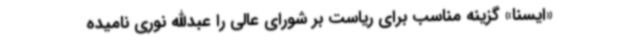
«ایسنا» گزینه مناسب برای ریاست بر شورای عالی را عبدالله نوری نامیده